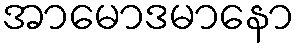
အာမောဒမာနော